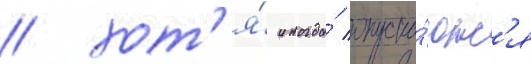
/ хот'я́ иногда́ опуска́ютс'я